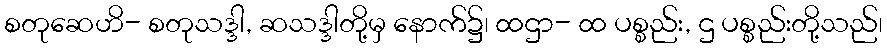
စတုဆေဟိ- စတုသဒ္ဒါ, ဆသဒ္ဒါတို့မှ နောက်၌၊ ထဌာ- ထ ပစ္စည်း, ဌ ပစ္စည်းတို့သည်၊